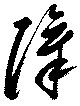
障